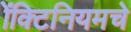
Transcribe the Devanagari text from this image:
ॲक्टिनियमचे